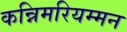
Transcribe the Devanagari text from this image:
कन्निमरियम्मन